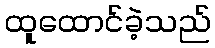
ထူထောင်ခဲ့သည်